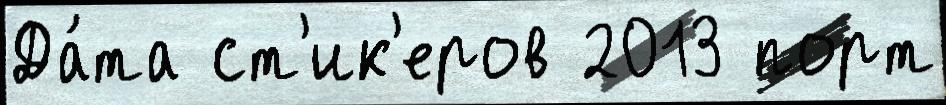
Да́та ст'ик'еров 2013 порт